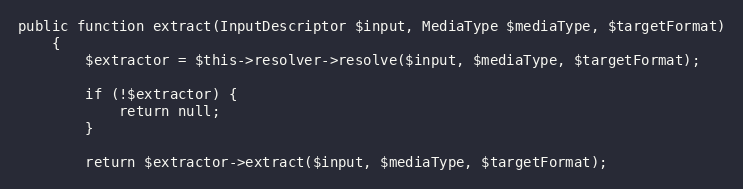
Language: PHP
public function extract(InputDescriptor $input, MediaType $mediaType, $targetFormat)
    {
        $extractor = $this->resolver->resolve($input, $mediaType, $targetFormat);

        if (!$extractor) {
            return null;
        }

        return $extractor->extract($input, $mediaType, $targetFormat);